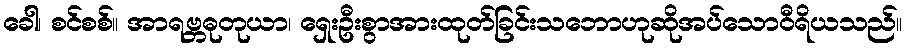
ခေါ၊ စင်စစ်။ အာရဗ္ဘဓုတုယာ၊ ရှေးဦးစွာအားထုတ်ခြင်းသဘောဟုဆိုအပ်သောဝီရိယသည်။